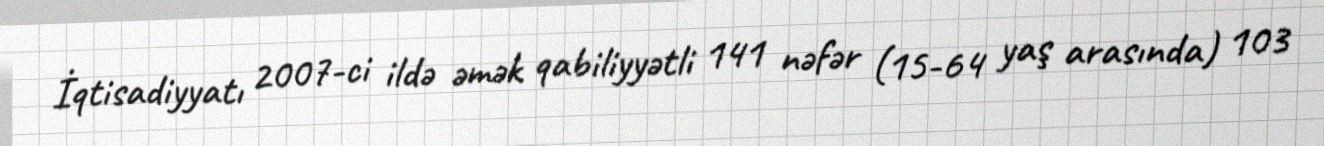
İqtisadiyyatı 2007-ci ildə əmək qabiliyyətli 141 nəfər (15-64 yaş arasında) 103